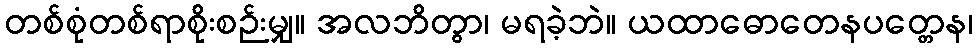
တစ်စုံတစ်ရာစိုးစဉ်းမျှ။ အလဘိတွာ၊ မရခဲ့ဘဲ။ ယထာဓောတေနပတ္တေန၊